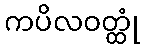
ကပိလဝတ္ထုံ